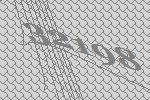
32198